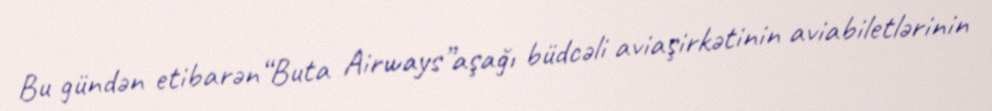
Bu gündən etibarən“Buta Airways”aşağı büdcəli aviaşirkətinin aviabiletlərinin